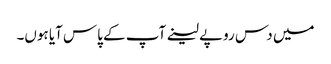
میں دس روپے لینے آپ کے پاس آیا ہوں۔